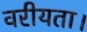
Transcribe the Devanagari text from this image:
वरीयता।